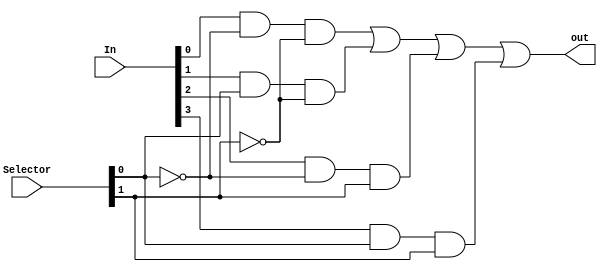
`timescale 1ns / 1ps

//Author NAme: Deepak Lal       041-18-0030
module MUX_4_1(out, In, Selector);
//comment here
input [3:0] In;
input [1:0] Selector;
output out;
//comment here
wire a, b, c, d, e, f;

//comment here
not not1(a, Selector[0]);
not not2(b, Selector[1]);

and and1(c, In[0], a, b);
and and2(d, In[1], Selector[0], b);
and and3(e, In[2], a, Selector[1]);
and and4(f, In[3], Selector[0], Selector[1]);

or or1(out, c, d, e, f);

endmodule